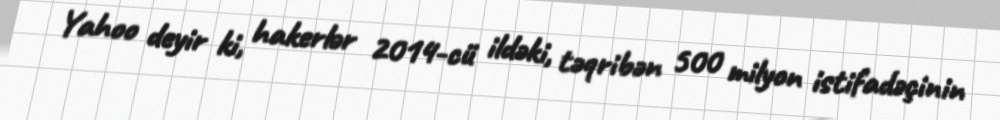
Yahoo deyir ki, hakerlər 2014-cü ildəki, təqribən 500 milyon istifadəçinin